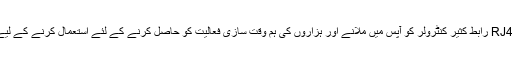
اس کے علاوہ, یہ آسان ہے RJ45 رابط کثیر کنٹرولر کو آپس میں ملانے اور ہزاروں کی ہم وقت سازی فعالیت کو حاصل کرنے کے لئے استعمال کرنے کے لیے میٹر سٹرپس کی قیادت کی ۔